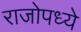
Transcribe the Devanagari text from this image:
राजोपध्ये